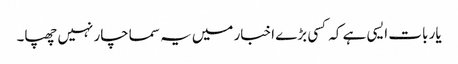
یار بات ایسی ہے کہ کسی بڑے اخبار میں یہ سماچار نہیں چھپا۔